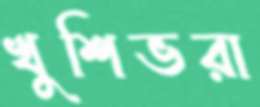
খুশিভরা